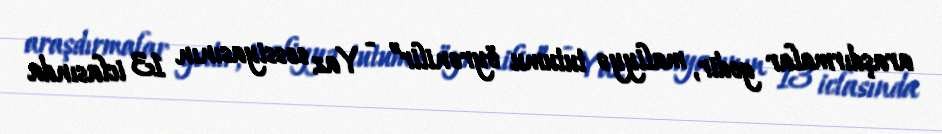
araşdırmalar gedir, maliyyə tutumu öyrənilir” - Yaz sessiyasının 13 iclasında